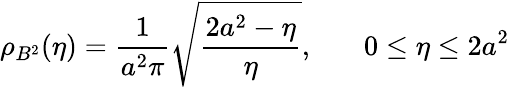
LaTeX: \rho_{B^{2}}(\eta)=\frac{1}{a^{2}\pi}\sqrt{\frac{2a^{2}-\eta}{\eta}},\ \ \ \ \ \ \ 0\le\eta\le 2a^{2}